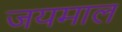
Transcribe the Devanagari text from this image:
जयमाल